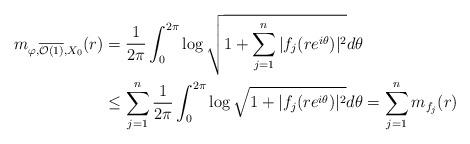
LaTeX: \begin{align*} m_{\varphi,\overline{\mathcal{O}(1)},X_0}(r) &= \frac{1}{2\pi} \int_0^{2\pi}\log \sqrt{1 + \sum_{j=1}^{n}|f_j(re^{i\theta})|^2}d\theta \\ &\le \sum_{j=1}^n \frac{1}{2\pi}\int_0^{2\pi}\log \sqrt{1 + |f_j(re^{i\theta})|^2}d\theta = \sum_{j=1}^nm_{f_j}(r) \end{align*}